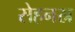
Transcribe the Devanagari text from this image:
सेहनस्र